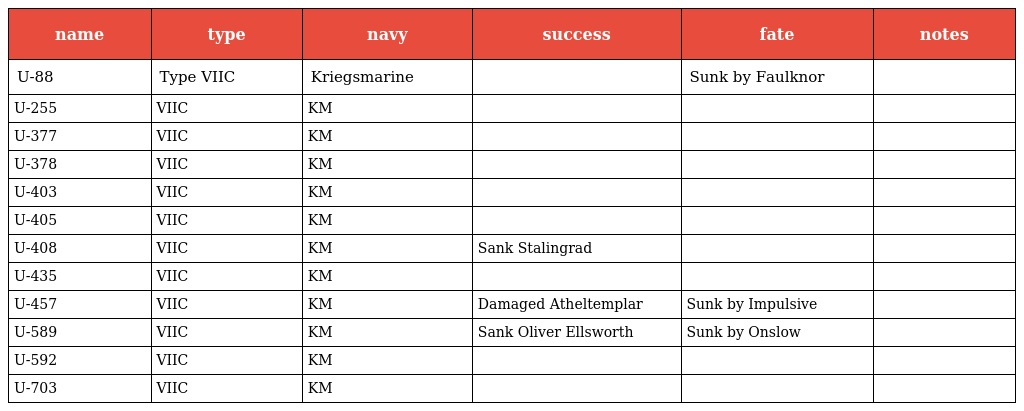
| name | type | navy | success | fate | notes |
 | --- | --- | --- | --- | --- | --- |
 | U-88 | Type VIIC | Kriegsmarine |  | Sunk by Faulknor |  |
 | U-255 | VIIC | KM |  |  |  |
 | U-377 | VIIC | KM |  |  |  |
 | U-378 | VIIC | KM |  |  |  |
 | U-403 | VIIC | KM |  |  |  |
 | U-405 | VIIC | KM |  |  |  |
 | U-408 | VIIC | KM | Sank Stalingrad |  |  |
 | U-435 | VIIC | KM |  |  |  |
 | U-457 | VIIC | KM | Damaged Atheltemplar | Sunk by Impulsive |  |
 | U-589 | VIIC | KM | Sank Oliver Ellsworth | Sunk by Onslow |  |
 | U-592 | VIIC | KM |  |  |  |
 | U-703 | VIIC | KM |  |  |  |